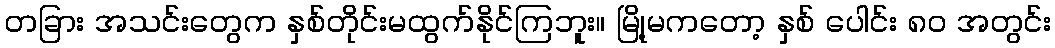
တခြား အသင်းတွေက နှစ်တိုင်းမထွက်နိုင်ကြဘူး။ မြို့မကတော့ နှစ် ပေါင်း ၈၀ အတွင်း